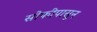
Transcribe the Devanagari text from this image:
सोफीपासून